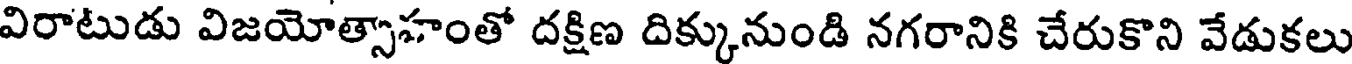
విరాటుడు విజయోత్సాహంతో దక్షిణ దిక్కునుండి నగరానికి చేరుకొని వేడుకలు